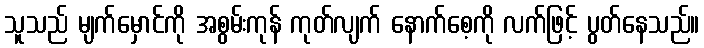
သူသည် မျက်မှောင်ကို အစွမ်းကုန် ကုတ်လျက် နောက်စေ့ကို လက်ဖြင့် ပွတ်နေသည်။